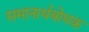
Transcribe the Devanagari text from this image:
समानार्थबोधक